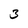
Character: 3